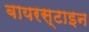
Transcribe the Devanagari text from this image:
बायरस्टाइन